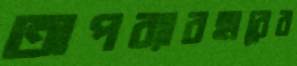
অপব্যাবহারের